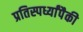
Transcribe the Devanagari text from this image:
प्रतिस्पर्ध्यांपैकी